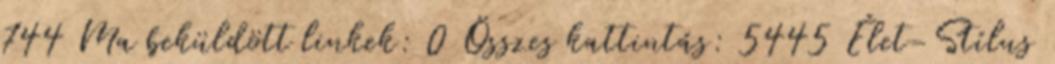
744 Ma beküldött linkek: 0 Összes kattintás: 5445 Élet-Stílus